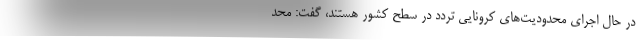
در حال اجرای محدودیت‌های کرونایی تردد در سطح کشور هستند، گفت: محد